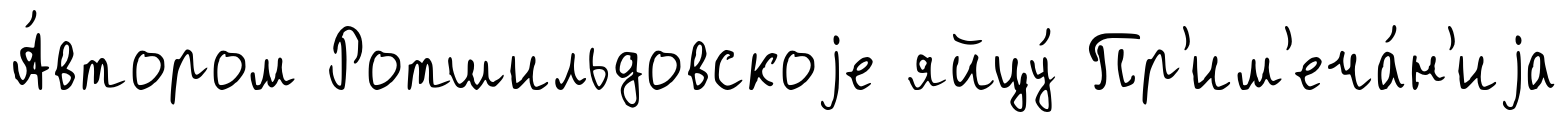
А́втором Ротшильдовскоjе яйцу́ Пр'им'еча́н'иjа